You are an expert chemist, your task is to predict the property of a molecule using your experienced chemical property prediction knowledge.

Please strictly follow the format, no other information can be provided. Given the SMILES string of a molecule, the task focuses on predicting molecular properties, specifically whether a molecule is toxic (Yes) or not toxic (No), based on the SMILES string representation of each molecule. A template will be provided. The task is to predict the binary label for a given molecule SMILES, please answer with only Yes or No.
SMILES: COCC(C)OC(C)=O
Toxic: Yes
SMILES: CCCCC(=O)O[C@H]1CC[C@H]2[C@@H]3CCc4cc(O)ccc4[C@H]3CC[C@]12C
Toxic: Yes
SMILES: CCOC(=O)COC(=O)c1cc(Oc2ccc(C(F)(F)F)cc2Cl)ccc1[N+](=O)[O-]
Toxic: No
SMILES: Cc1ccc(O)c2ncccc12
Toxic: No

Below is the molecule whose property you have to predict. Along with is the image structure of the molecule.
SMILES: N[C@H]1CN(c2c(F)cc3c(=O)c(C(=O)O)cn(C4C[C@H]4F)c3c2Cl)CC12CC2
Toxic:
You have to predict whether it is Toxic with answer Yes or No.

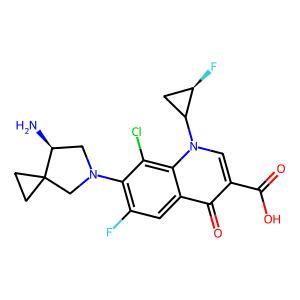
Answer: No